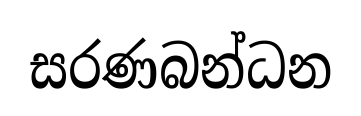
සරණබන්ධන